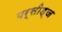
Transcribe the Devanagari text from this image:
पर्सीड्‌ज